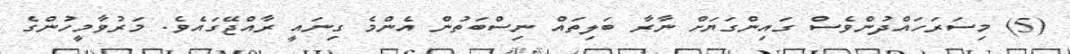
(5) މިސަރަހައްދުންވެސް ގައިންގަޔަށް ނާރާ ބަލިތައް ނިސްބަތުން އެންމެ ގިނައީ ރާއްޖޭގައެވެ. މަރުވާމީހުންގެ